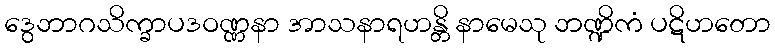
ဒွေဘာဂသိက္ခာပဒဝဏ္ဏနာ အာသနာရဟန္တိ နာမေသု ဘဏ္ဍိကံ ပဋိဟတော